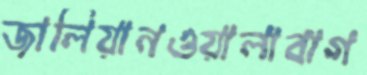
জালিয়ানওয়ালাবাগ